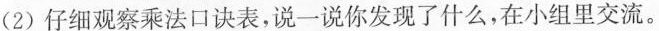
(2)仔细观察乘法口诀表，说一说你发现了什么，在小组里交流。